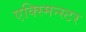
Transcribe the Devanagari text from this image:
एक्स्मिन्स्टर